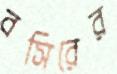
বসিরের